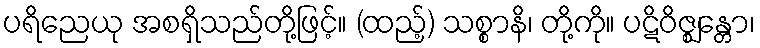
ပရိညေယု အစရှိသည်တို့ဖြင့်။ (ထည့်) သစ္စာနိ၊ တို့ကို။ ပဋိဝိဇ္ဈန္တော၊